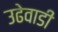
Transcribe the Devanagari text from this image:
उढेवाडी